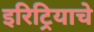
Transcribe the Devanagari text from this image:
इरिट्रियाचे